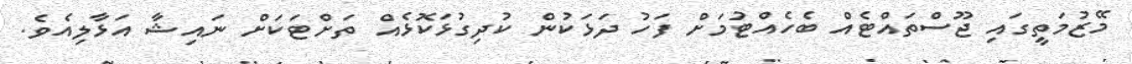
މޭޒުމަތީގައި ޖޫސްތައްޓެއް ބެހެއްޓުމަށް ފަހު ދަޅަކުން ކުދިގުޅަކޮޅެއް ތަށްޓަކަށް ނައިޝާ އަޅާލިއެވެ.